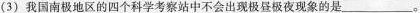
(3) 我国南极地区的四个科学考察站中不会出现极昼极夜现象的是___。